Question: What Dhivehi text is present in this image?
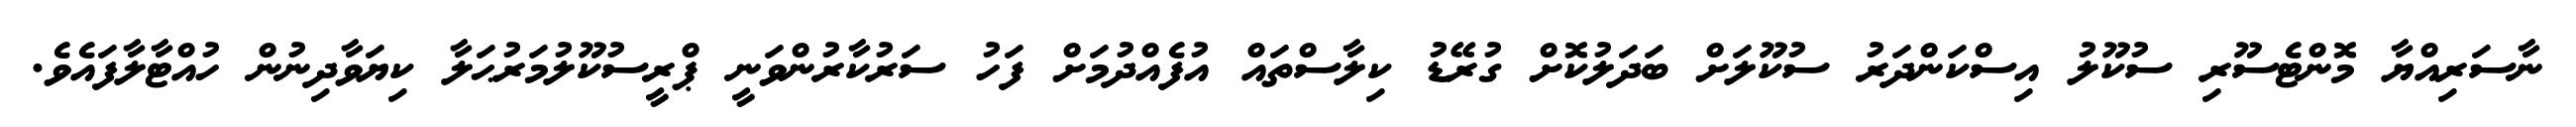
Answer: ނާސަރިއްޔާ މޮންޓެސޫރި ސުކޫލު އިސްކަންދަރު ސުކޫލަށް ބަދަލުކޮށް ގުރޭޑު ކިލާސްތައް އުފެއްދުމަށް ފަހު ސަރުކާރުންވަނީ ޕްރީސުކޫލުމަރުޙަލާ ކިޔަވާދިނުން ހުއްޓާލާފައެވެ.